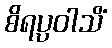
စိရပ္ပဝါသိံ